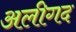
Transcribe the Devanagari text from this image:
अलीगद